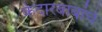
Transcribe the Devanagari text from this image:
केदारबाबांचे